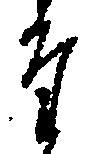
た